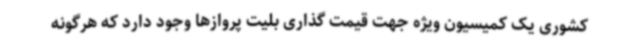
کشوری یک کمیسیون ویژه جهت قیمت گذاری بلیت پروازها وجود دارد که هرگونه